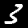
Label: 3